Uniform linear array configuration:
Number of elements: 16
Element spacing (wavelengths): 0.5
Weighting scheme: blackman
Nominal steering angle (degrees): -30
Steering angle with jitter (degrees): -31.304
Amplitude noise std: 0.05
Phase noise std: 0.05

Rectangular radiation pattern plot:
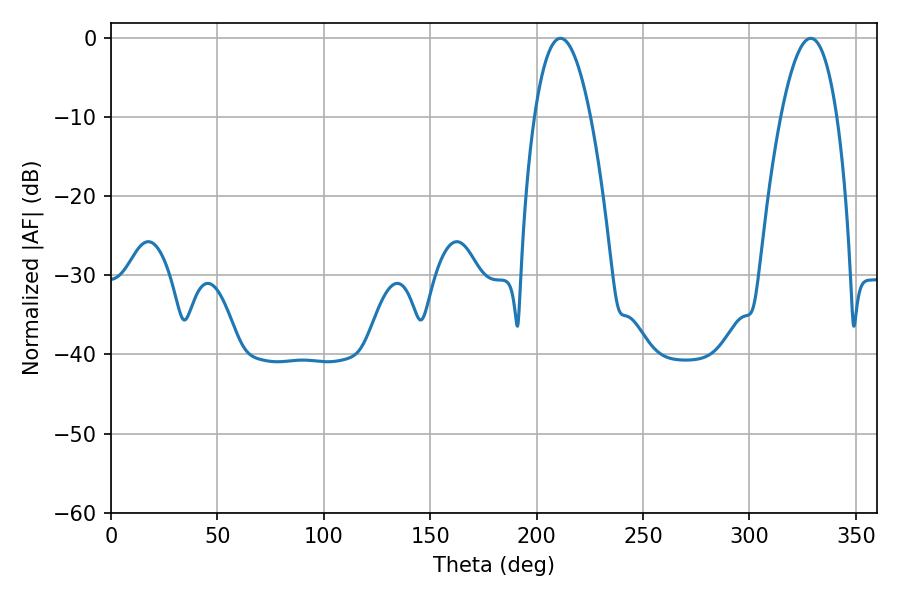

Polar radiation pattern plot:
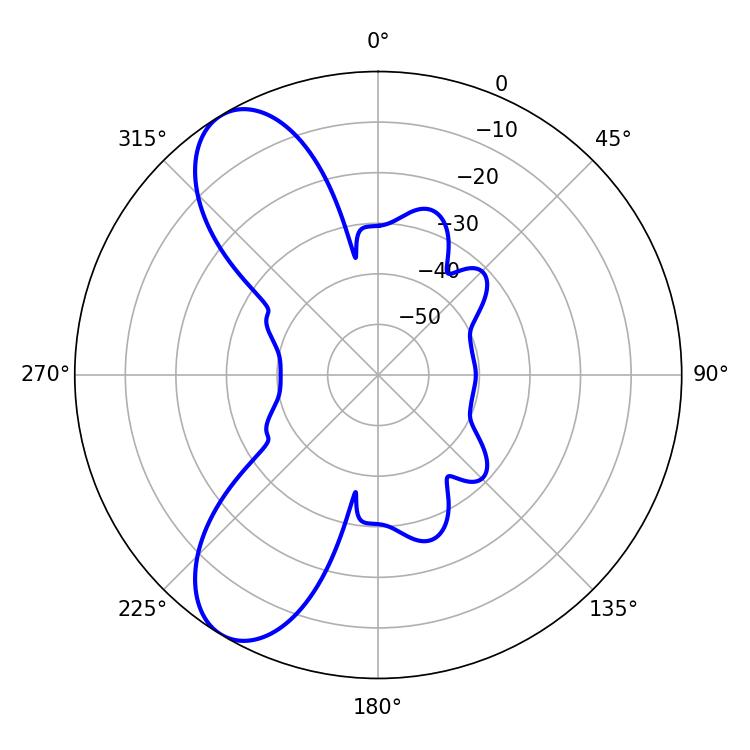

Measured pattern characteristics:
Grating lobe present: FALSE
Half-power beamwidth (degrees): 14.58
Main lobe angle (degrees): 211.14